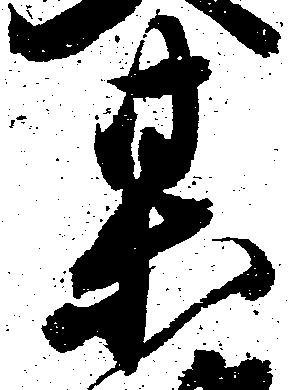
某